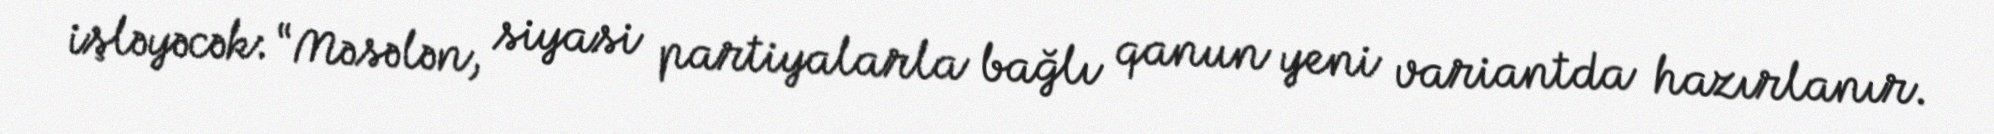
işləyəcək: “Məsələn, siyasi partiyalarla bağlı qanun yeni variantda hazırlanır.